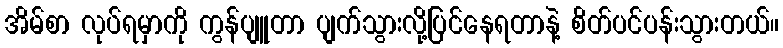
အိမ်စာ လုပ်ရမှာကို ကွန်ပျူတာ ပျက်သွားလို့ပြင်နေရတာနဲ့ စိတ်ပင်ပန်းသွားတယ်။